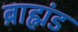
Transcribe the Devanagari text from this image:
ब्राह्मंड